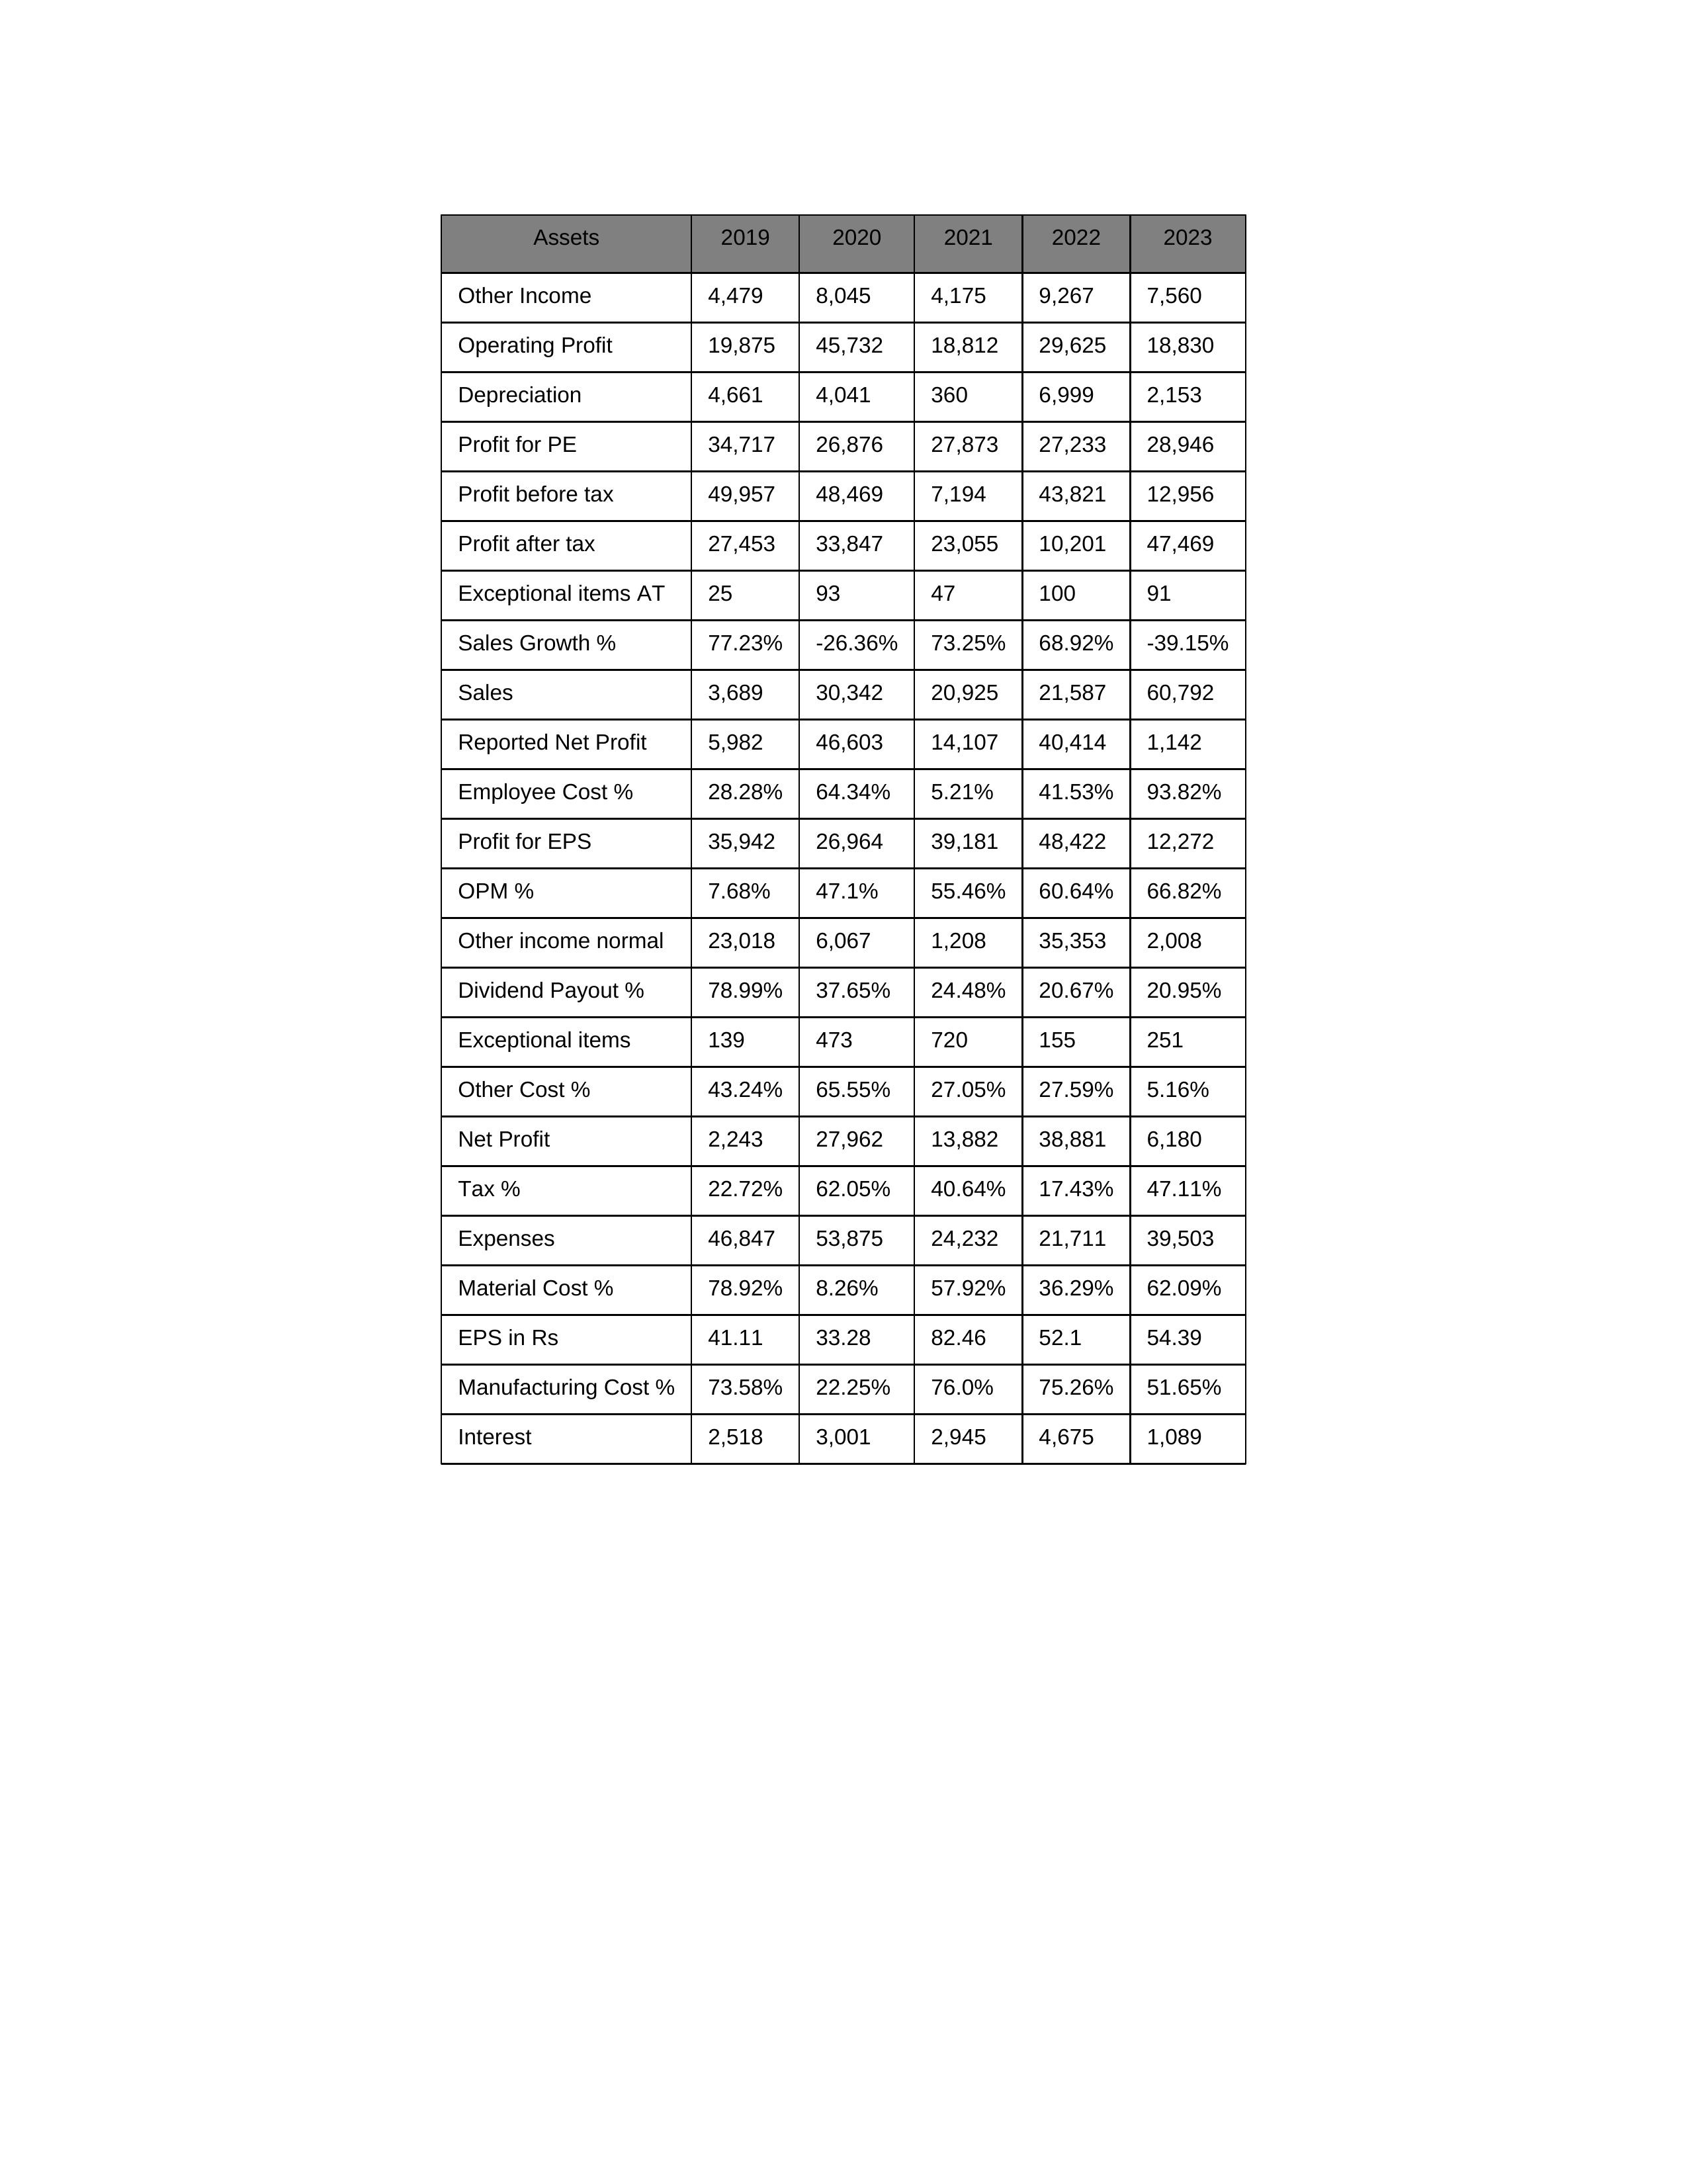
gt_parse: 2019: Sales: 3,689
Sales Growth %: 77.23%
Expenses: 46,847
Material Cost %: 78.92%
Manufacturing Cost %: 73.58%
Employee Cost %: 28.28%
Other Cost %: 43.24%
Operating Profit: 19,875
OPM %: 7.68%
Other Income: 4,479
Exceptional items: 139
Other income normal: 23,018
Interest: 2,518
Depreciation: 4,661
Profit before tax: 49,957
Tax %: 22.72%
Net Profit: 2,243
Profit after tax: 27,453
Reported Net Profit: 5,982
Profit for EPS: 35,942
Exceptional items AT: 25
Profit for PE: 34,717
EPS in Rs: 41.11
Dividend Payout %: 78.99%
2020: Sales: 30,342
Sales Growth %: -26.36%
Expenses: 53,875
Material Cost %: 8.26%
Manufacturing Cost %: 22.25%
Employee Cost %: 64.34%
Other Cost %: 65.55%
Operating Profit: 45,732
OPM %: 47.1%
Other Income: 8,045
Exceptional items: 473
Other income normal: 6,067
Interest: 3,001
Depreciation: 4,041
Profit before tax: 48,469
Tax %: 62.05%
Net Profit: 27,962
Profit after tax: 33,847
Reported Net Profit: 46,603
Profit for EPS: 26,964
Exceptional items AT: 93
Profit for PE: 26,876
EPS in Rs: 33.28
Dividend Payout %: 37.65%
2021: Sales: 20,925
Sales Growth %: 73.25%
Expenses: 24,232
Material Cost %: 57.92%
Manufacturing Cost %: 76.0%
Employee Cost %: 5.21%
Other Cost %: 27.05%
Operating Profit: 18,812
OPM %: 55.46%
Other Income: 4,175
Exceptional items: 720
Other income normal: 1,208
Interest: 2,945
Depreciation: 360
Profit before tax: 7,194
Tax %: 40.64%
Net Profit: 13,882
Profit after tax: 23,055
Reported Net Profit: 14,107
Profit for EPS: 39,181
Exceptional items AT: 47
Profit for PE: 27,873
EPS in Rs: 82.46
Dividend Payout %: 24.48%
2022: Sales: 21,587
Sales Growth %: 68.92%
Expenses: 21,711
Material Cost %: 36.29%
Manufacturing Cost %: 75.26%
Employee Cost %: 41.53%
Other Cost %: 27.59%
Operating Profit: 29,625
OPM %: 60.64%
Other Income: 9,267
Exceptional items: 155
Other income normal: 35,353
Interest: 4,675
Depreciation: 6,999
Profit before tax: 43,821
Tax %: 17.43%
Net Profit: 38,881
Profit after tax: 10,201
Reported Net Profit: 40,414
Profit for EPS: 48,422
Exceptional items AT: 100
Profit for PE: 27,233
EPS in Rs: 52.1
Dividend Payout %: 20.67%
2023: Sales: 60,792
Sales Growth %: -39.15%
Expenses: 39,503
Material Cost %: 62.09%
Manufacturing Cost %: 51.65%
Employee Cost %: 93.82%
Other Cost %: 5.16%
Operating Profit: 18,830
OPM %: 66.82%
Other Income: 7,560
Exceptional items: 251
Other income normal: 2,008
Interest: 1,089
Depreciation: 2,153
Profit before tax: 12,956
Tax %: 47.11%
Net Profit: 6,180
Profit after tax: 47,469
Reported Net Profit: 1,142
Profit for EPS: 12,272
Exceptional items AT: 91
Profit for PE: 28,946
EPS in Rs: 54.39
Dividend Payout %: 20.95%